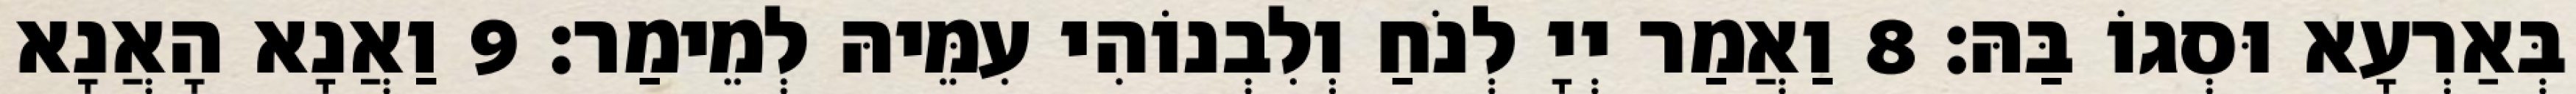
בְּאַרְעָא וּסְגוֹ בַּהּ׃ 8 וַאֲמַר יְיָ לְנֹחַ וְלִבְנוֹהִי עִמֵּיהּ לְמֵימַר׃ 9 וַאֲנָא הָאֲנָא